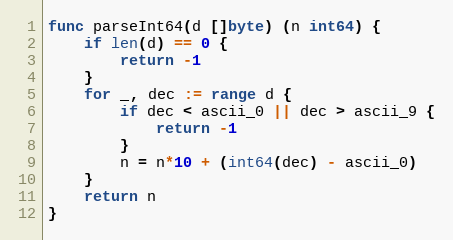
Language: Go
func parseInt64(d []byte) (n int64) {
	if len(d) == 0 {
		return -1
	}
	for _, dec := range d {
		if dec < ascii_0 || dec > ascii_9 {
			return -1
		}
		n = n*10 + (int64(dec) - ascii_0)
	}
	return n
}